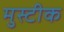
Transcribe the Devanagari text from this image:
मुस्टीक